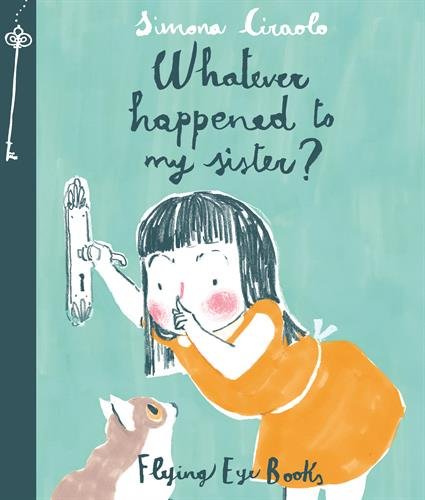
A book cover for Whatever Happened To My Sister?; Parenting & Relationships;